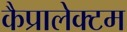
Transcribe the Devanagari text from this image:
कैप्रालेक्टम